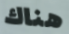
هناك